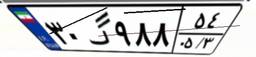
۸۰گ۵۹۸۹۹